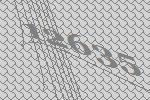
12635